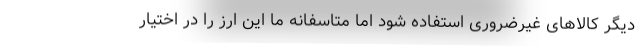
دیگر کالاهای غیرضروری استفاده شود اما متاسفانه ما این ارز را در اختیار